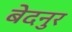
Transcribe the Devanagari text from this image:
बेदनुर